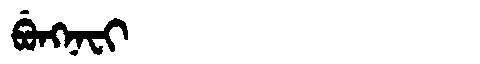
Manchu: ᠪᡠᠩᠨᠠᠸᡳ
Romanization: BUNGNAFI